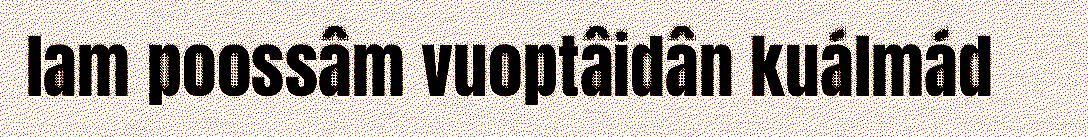
lam poossâm vuoptâidân kuálmád